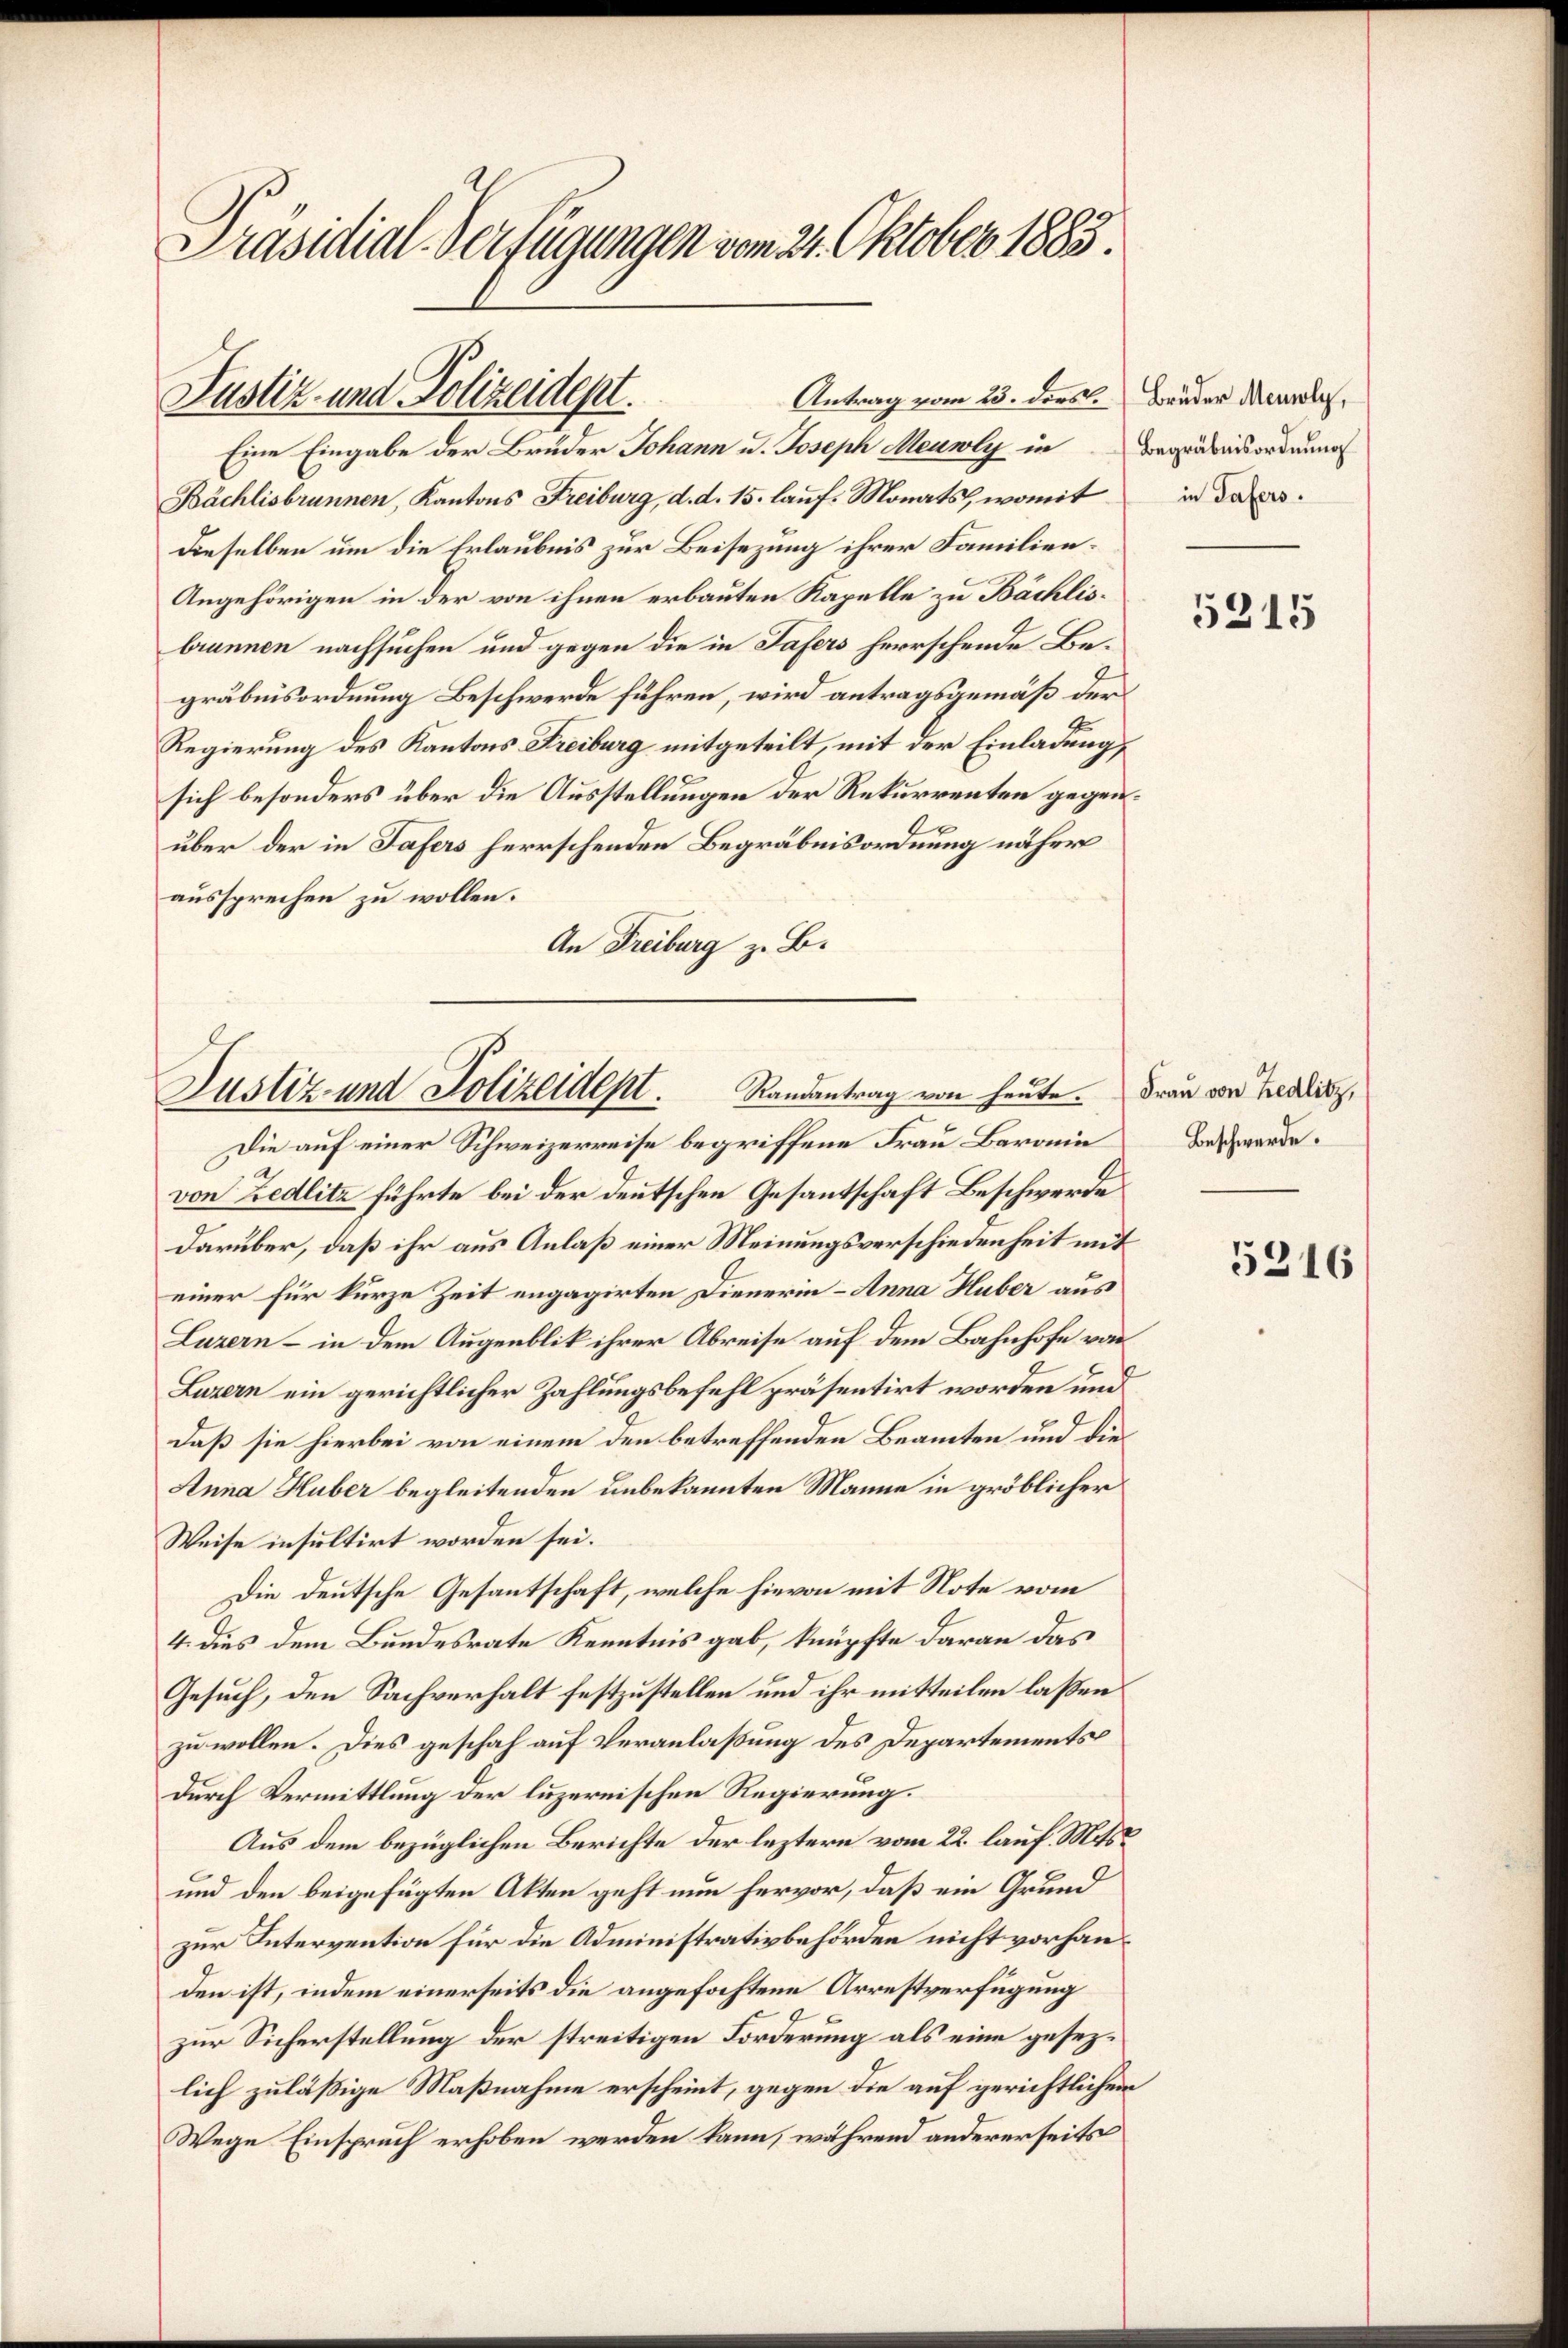
Präsidial-Verfügungen vom 21. Oktober 1883.

Antrag vom 23. ders. Brüder Meile,
Bächlisbrunnen, Kantons Freiburg, d. d. 15. lauf. Monats, womit
Dieselben um die Erlaubnis zur Beisezung ihrer Familien¬
Angehörigen in der von ihnen erbauten Kapelle zu Bächlisbrunnen nachsuchen und gegen die in Tafers herrschende Begräbnisordnung Beschwerde führen, wird antragsgemäß der
Regierung des Kantons Freiburg mitgeteilt, mit der Einladung,
sich besonders über die Ausstellungen der Rekurrenten gegenr
über der in Tafers herrschenden Begräbnisordnung näher
aussprechen zu wollen.
An Freiburg z. B.

Justiz- und Polizeidept.
Eine Eingabe der Brüder Johann u. Joseph Meuwly in Begräbnisordnung

Justiz- und Polizeident.
Randantrag von heute.

Die auf einer Schweizerreise begriffene Frau Baronie
von Zedlitz führte bei der deutschen Gesantschaft Beschwerde
darüber, daß ihr aus Anlaß einer Meinungsverschiedenheit mit
einer für kurze Zeit engagirten Dienerin - Anna Huber aus
Luzern - in dem Augenblik ihrer Abreise auf dem Bahnhofe von
Luzern ein gerichtlicher Zahlungsbefehl präsentirt worden und
daß sie hierbei von einem den betreffenden Beamten und die¬
Anna Huber begleitenden unbekannten Manne in gröblicher
Weise insultirt worden sei.
Die deutsche Gesantschaft, welche hievon mit Note vom
4. dies dem Bundesrate Kenntnis gab, knüpfte daran das
Gesuch, den Sachverhalt festzustellen und ihr mitteilen laßen
zu wollen. Dies geschah auf Veranlaßung des Departements
Durch Vermittlung der luzernischen Regierung.
Aus dem bezüglichen Berichte der leztere vom 22. lauf. Mits
und den beigefügten Akten geht nun hervor, daß ein Grund
zur Intervention für die Administrativbehörden nicht vorhanden ist, indem einerseits die angefochtene Arrestverfügung
zur Sicherstellung der streitigen Forderung als eine gesezlich zuläßige Maßnahme erscheint, gegen die auf gerichtlichen
Wege Einspruch erhoben werden kann, während andererseits

in Tafers.

5215

Frau von Redlitz,
Beschwerde.

5216